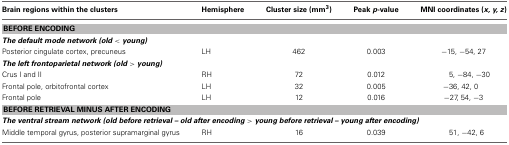
<table><thead><tr><td><b>Brain regions within the clusters</b></td><td><b>Hemisphere</b></td><td><b>Cluster size (mm<sup>3</sup>)</b></td><td><b>Peak <i>p</i>-value</b></td><td><b>MNI coordinates (<i>x, y, z</i>)</b></td></tr></thead><tbody><tr><td colspan="5"><b>BEFORE ENCODING</b></td></tr><tr><td colspan="5"><b><i>The default mode network (old &lt; young)</i></b></td></tr><tr><td>Posterior cingulate cortex, precuneus</td><td>LH</td><td>462</td><td>0.003</td><td>−15, −54, 27</td></tr><tr><td colspan="5"><b><i>The left frontoparietal network (old &gt; young)</i></b></td></tr><tr><td>Crus I and II</td><td>RH</td><td>72</td><td>0.012</td><td>5, −84, −30</td></tr><tr><td>Frontal pole, orbitofrontal cortex</td><td>LH</td><td>32</td><td>0.005</td><td>−36, 42, 0</td></tr><tr><td>Frontal pole</td><td>LH</td><td>12</td><td>0.016</td><td>−27, 54, −3</td></tr><tr><td colspan="5"><b>BEFORE RETRIEVAL MINUS AFTER ENCODING</b></td></tr><tr><td colspan="5"><b><i>The ventral stream network (old before retrieval – old after encoding &gt; young before retrieval – young after encoding)</i></b></td></tr><tr><td>Middle temporal gyrus, posterior supramarginal gyrus</td><td>RH</td><td>16</td><td>0.039</td><td>51, −42, 6</td></tr></tbody></table>